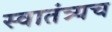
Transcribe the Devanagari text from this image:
स्वातंत्र्यच